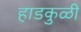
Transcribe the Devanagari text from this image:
हाडकुळी